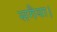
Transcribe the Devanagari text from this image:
सगैया।